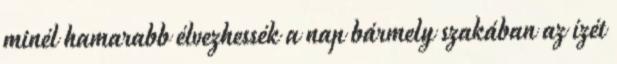
minél hamarabb élvezhessék a nap bármely szakában az ízét